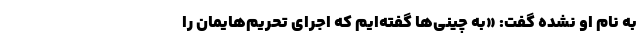
به نام او نشده گفت: «به چینی‌ها گفته‌ایم که اجرای تحریم‌هایمان را